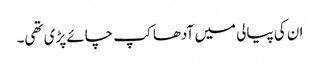
ان کی پیالی میں آدھا کپ چائے پڑی تھی۔